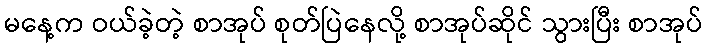
မနေ့က ဝယ်ခဲ့တဲ့ စာအုပ် စုတ်ပြဲနေလို့ စာအုပ်ဆိုင် သွားပြီး စာအုပ်